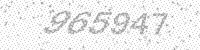
Solution: 965947